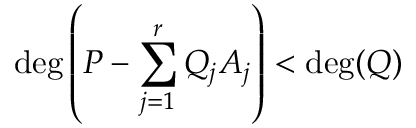
\deg \left( P - \sum _ { j = 1 } ^ { r } Q _ { j } A _ { j } \right) < \deg ( Q )